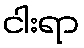
ငါးရာ